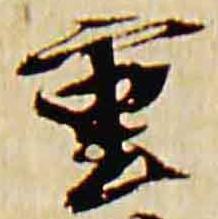
重